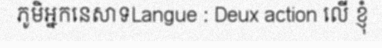
ភូមិអ្នកនេសាទLangue : Deux action លើ ខ្ញុំ